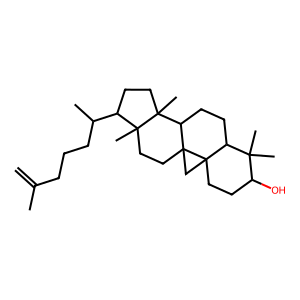
SMILES: C=C(C)CCCC(C)C1CCC2(C)C3CCC4C(C)(C)C(O)CCC45CC35CCC12C
Inhibits HIV replication: No